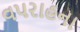
વપરાહના